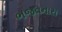
ભજવનારા